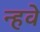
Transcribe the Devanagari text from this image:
न्हवे